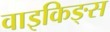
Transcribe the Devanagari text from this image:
वाइकिङ्स